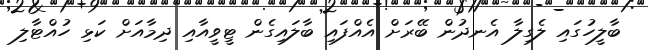
ބާލީހުގައި ލެގިލާ އެނދުން ބޭރަށް އެއްފައި ބާލައިގެން ޓީވީއާއި ދިމާއަށް ކަޅި ހުއްޓާލި